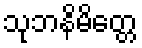
သုဘနိမိတ္တေ